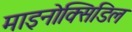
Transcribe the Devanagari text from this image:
माइनोक्सिडिल